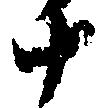
十